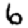
Digit: 6